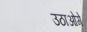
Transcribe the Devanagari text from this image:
उठाओगे